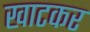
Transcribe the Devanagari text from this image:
खाटकर